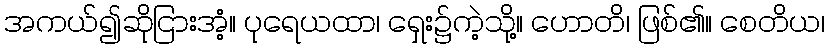
အကယ်၍ဆိုငြားအံ့။ ပုရေယထာ၊ ရှေး၌ကဲ့သို့။ ဟောတိ၊ ဖြစ်၏။ စေတိယ၊